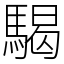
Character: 騔